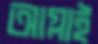
আগ্‌লাই